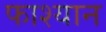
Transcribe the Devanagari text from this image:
फाश्यान